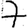
Digit: 7